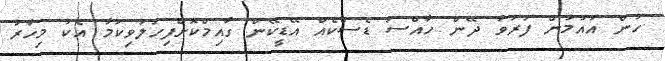
ހުން އައުމުން ފަރުވާ ދޭން ހާއްސަ ޑެސްކެއް އޭޑީކޭން ގާއިމްކޮށްފިހަލުވިކަމާ އެކު މިހާރު